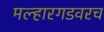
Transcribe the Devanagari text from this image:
मल्हारगडवरच